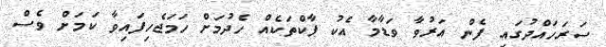
ސަރަހައްދުގައި ފެން އަރުވާ ވަޑާމާ އެކު ޕާކްތަކެއް ހެދުމަށް ހަމަޖެހިފައިވާ ކަމަށް ވެސް